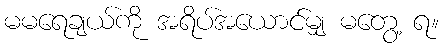
မမရေချယ်ကို အရိပ်အယောင်မျှ မတွေ့ ရ။